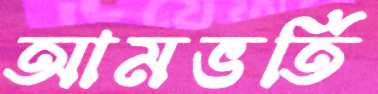
আমভর্তি